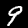
Digit: 9